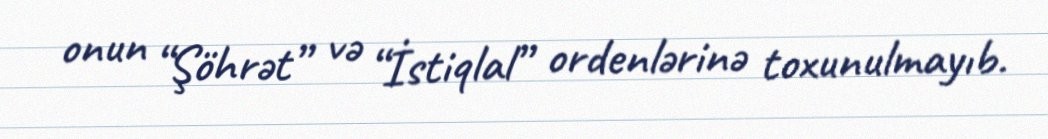
onun “Şöhrət” və “İstiqlal” ordenlərinə toxunulmayıb.